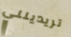
تريدينني